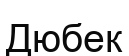
Дюбек